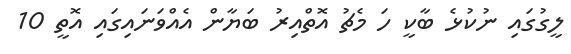
ލީގުގައި ނުކުޅެ ބާކީ ހަ މެޗު އޮތްއިރު ބަޔާން އެއްވަނައިގައި އޮތީ 10